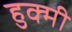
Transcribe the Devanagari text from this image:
हुक्मी